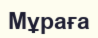
Мұраға